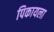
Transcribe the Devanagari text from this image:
पिकायला